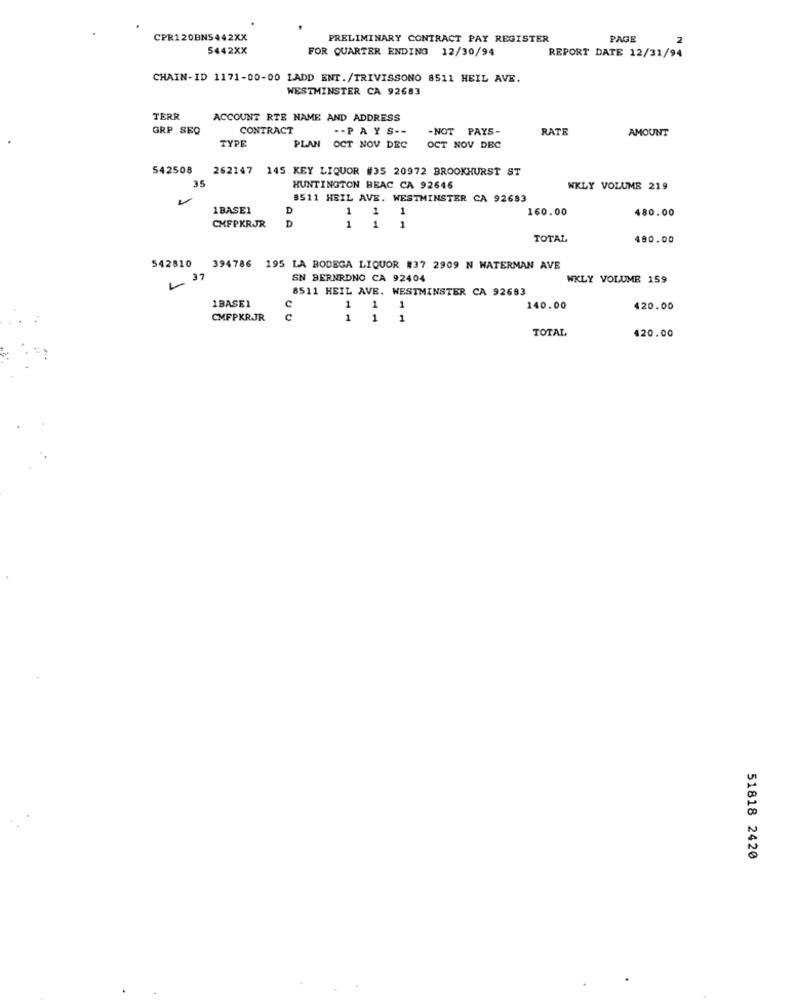
CPR120BNS442XX
PRELIMINARY CONTRACT PAY REGISTER
PAGE
N
5442XX
FOR QUARTER ENDING 12/30/94
REPORT DATE 12/31/94
CHAIN-ID 1171-00-00 LADD ENT./TRIVISSONO 8511 HEIL AVE.
WESTMINSTER CA 92683
TERR
ACCOUNT RTE NAME AND ADDRESS
GRP SEQ
CONTRACT
.- PAYS --
T PAYS-
RATE
AMOUNT
TYPE
PLAN OCT NOV DEC
OCT NOV DEC
542508
262147 145 KEY LIQUOR #35 20972 BROOKHURST ST
35
HUNTINGTON BEAC CA 92646
WKLY VOLUME 219
8511 HEIL AVE. WESTMINSTER CA 92683
1BASE1
D
1
1
1
160.00
480.00
CMFPKRJR
D
1
1
1
TOTAL
480.00
542810
394786 195 LA BODEGA LIQUOR #37 2909 N WATERMAN AVE
37
SN BERNRDNO CA 92404
WKLY VOLUME 159
8511 HEIL AVE. WESTMINSTER CA 92693
1BASE1
C
1 1 1
140.00
420.00
CMFPKRJR
c
TOTAL
420.00
51818 2420